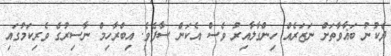
ދެކުނު ބަޣާވާތަށް ނަޒަރެއް ހިންގާލާއިރު ވެސް އެކަން ސާފެވެ. އިބްރާހިމް ނާސިރުގެ ވެރިކަމުގައި